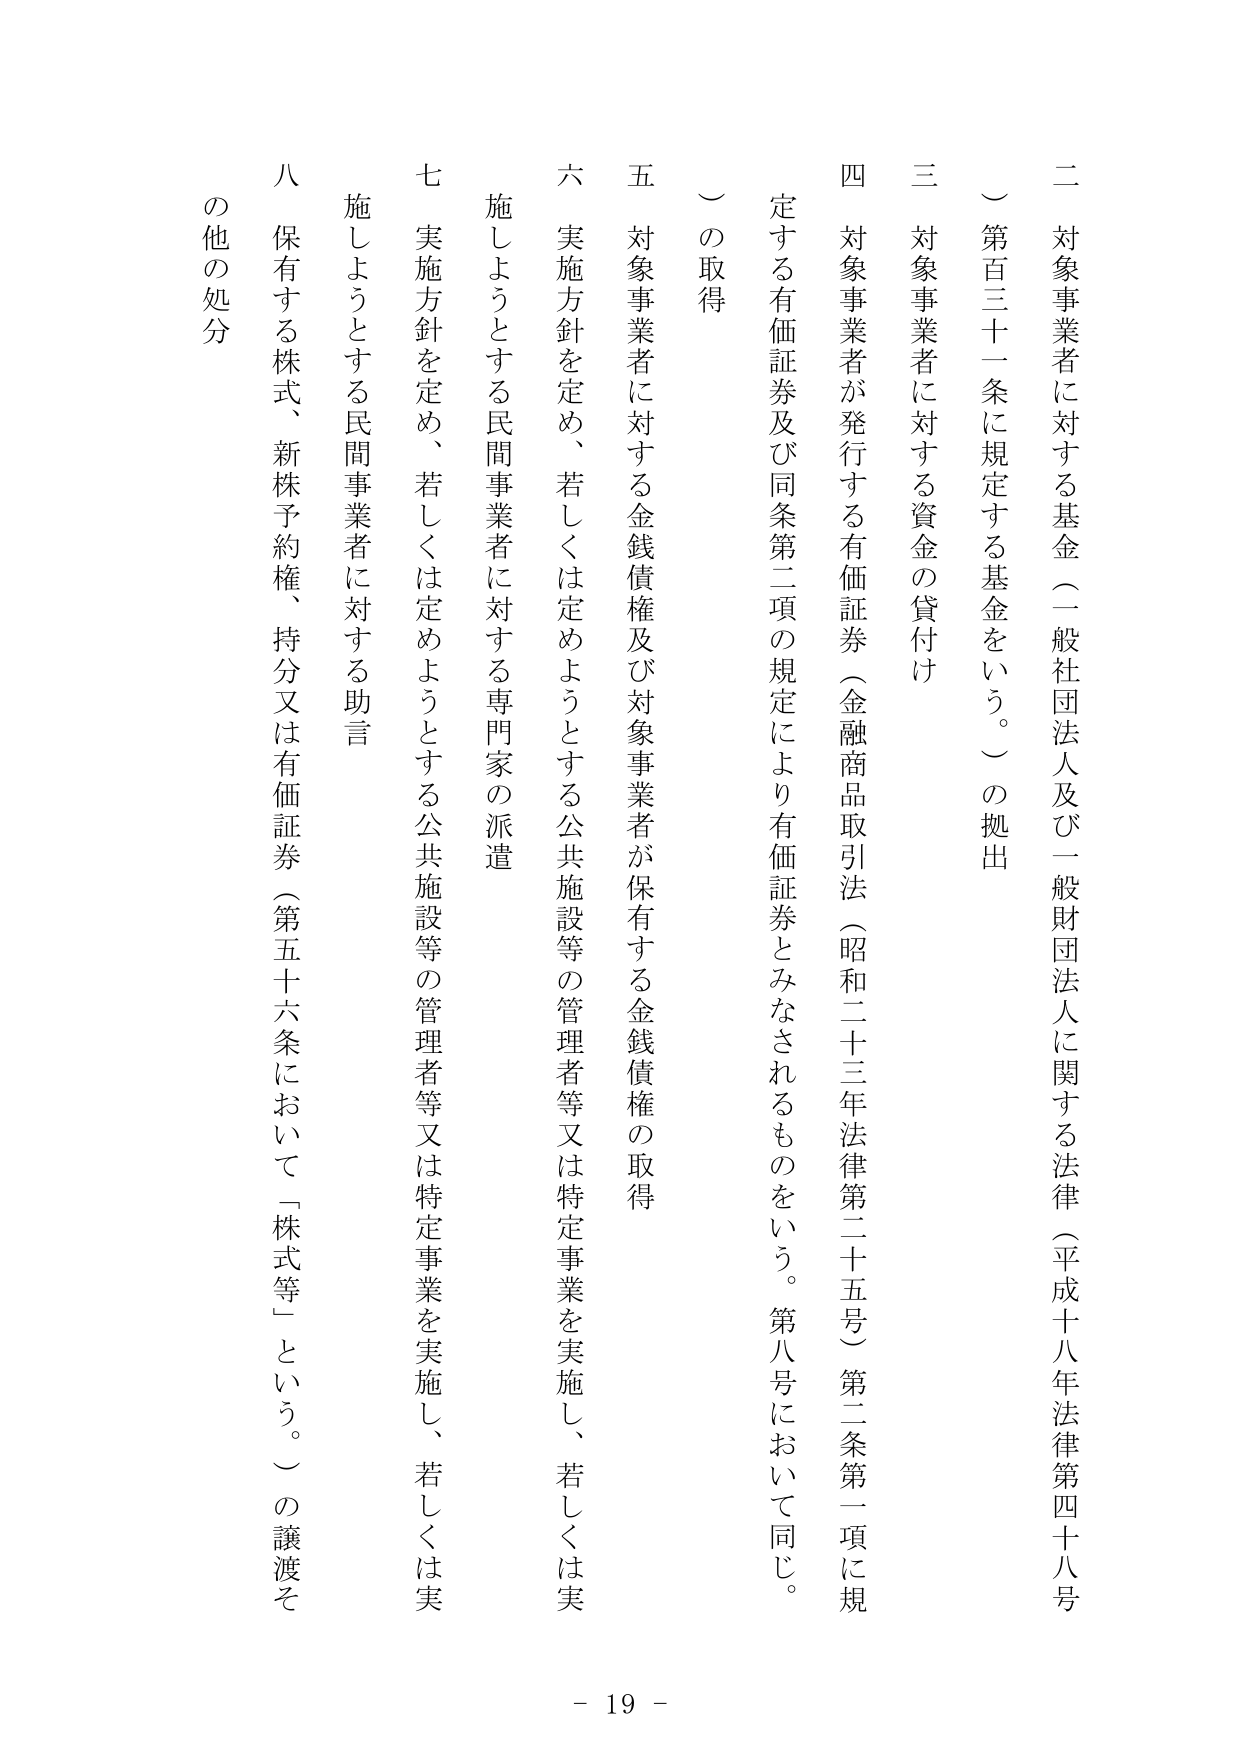
二 対象事業者に対する基金（一般社団法人及び一般財団法人に関する法律（平成十八年法律第四十八号）第百三十一条に規定する基金をいう。）の拠出

三 対象事業者に対する資金の貸付け

四 対象事業者が発行する有価証券（金融商品取引法（昭和二十三年法律第二十五号）第二条第一項に規定する有価証券及び同条第二項の規定により有価証券とみなされるものをいう。第八号において同じ。）の取得

五 対象事業者に対する金銭債権及び対象事業者が保有する金銭債権の取得

六 実施方針を定め、若しくは定めようとする公共施設等の管理者等又は特定事業を実施し、若しくは実施しようとする民間事業者に対する専門家の派遣

七 実施方針を定め、若しくは定めようとする公共施設等の管理者等又は特定事業を実施し、若しくは実施しようとする民間事業者に対する助言

八 保有する株式、新株予約権、持分又は有価証券（第五十六条において「株式等」という。）の譲渡その他の処分

- 19 -